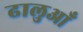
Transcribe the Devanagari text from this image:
ढालुआँ